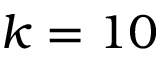
k = 1 0